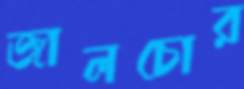
জালচোর